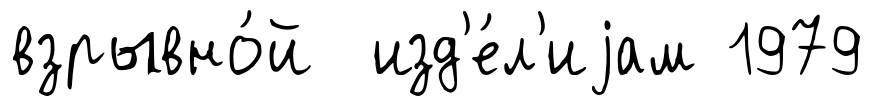
взрывно́й изд'е́л'иjам 1979